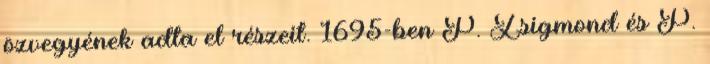
özvegyének adta el részeit. 1695-ben P. Zsigmond és P.